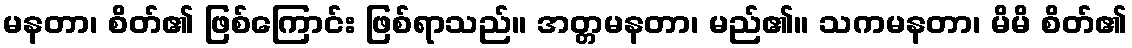
မနတာ၊ စိတ်၏ ဖြစ်ကြောင်း ဖြစ်ရာသည်။ အတ္တမနတာ၊ မည်၏။ သကမနတာ၊ မိမိ စိတ်၏